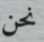
نحن